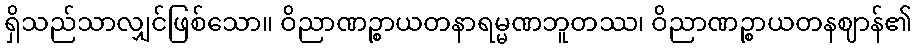
ရှိသည်သာလျှင်ဖြစ်သော။ ဝိညာဏဉ္စာယတနာရမ္မဏဘူတဿ၊ ဝိညာဏဉ္စာယတနဈာန်၏